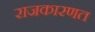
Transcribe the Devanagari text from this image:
राजकारणत